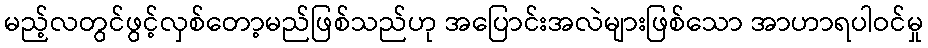
မည့်လတွင်ဖွင့်လှစ်တော့မည်ဖြစ်သည်ဟု အပြောင်းအလဲများဖြစ်သော အာဟာရပါဝင်မှု